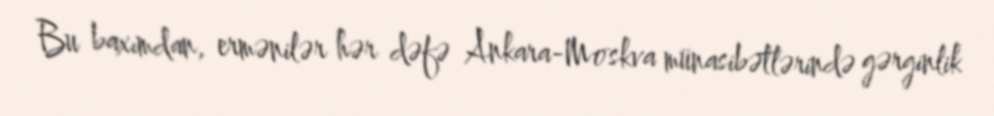
Bu baxımdan, ermənilər hər dəfə Ankara-Moskva münasibətlərində gərginlik